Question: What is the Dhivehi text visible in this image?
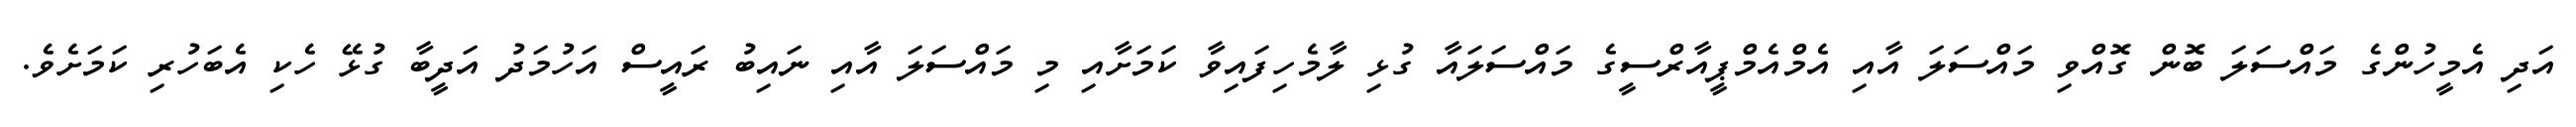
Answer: އަދި އެމީހުންގެ މައްސަލަ ބޮން ގޮއްވި މައްސަލަ އާއި އެމްއެމްޕީއާރްސީގެ މައްސަލައާ ގުޅި ލާމެހިފައިވާ ކަމަށާއި މި މައްސަލަ އާއި ނައިބު ރައީސް އަހުމަދު އަދީބާ ގުޅޭ ހެކި އެބަހުރި ކަމަށެވެ.